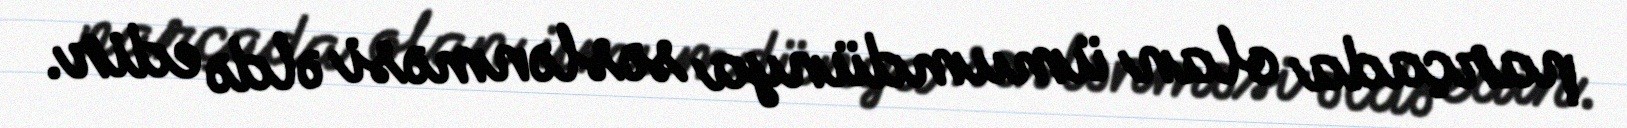
parçada olan ümumdünya səslənməsi əldə edir.